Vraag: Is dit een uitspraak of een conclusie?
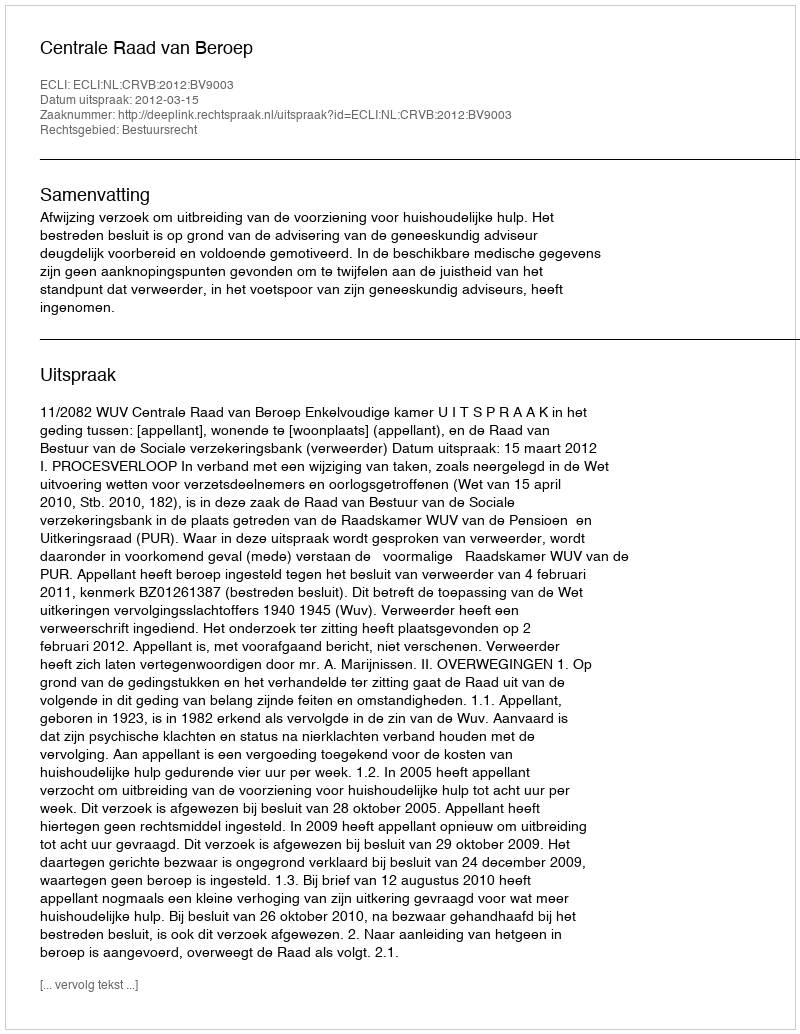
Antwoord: Uitspraak